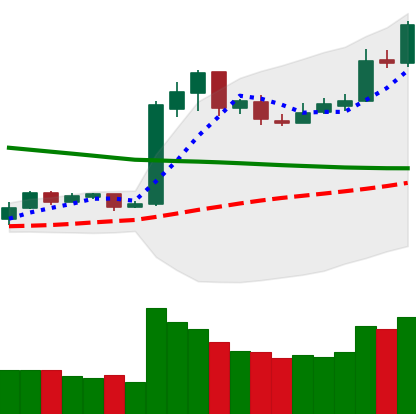
Ticker: LTC-USD
Chart end date: 2019-02-20
Forward return: -10.761%
Label: down_7plus